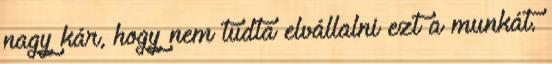
nagy kár, hogy nem tudta elvállalni ezt a munkát.